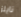
نايلز